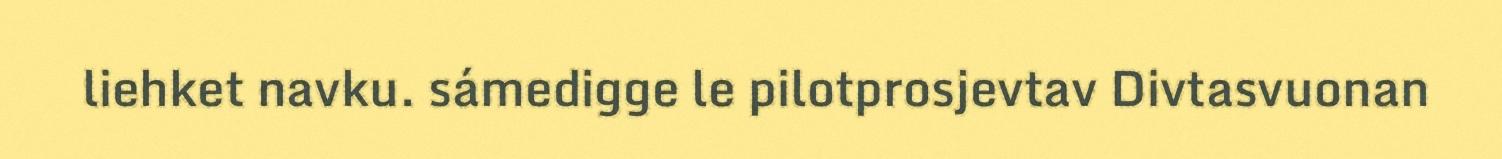
liehket navku. sámedigge le pilotprosjevtav Divtasvuonan